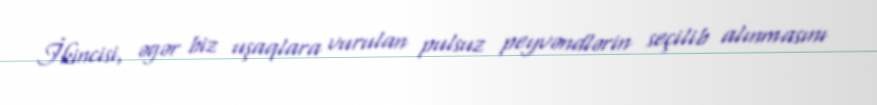
İkincisi, əgər biz uşaqlara vurulan pulsuz peyvəndlərin seçilib alınmasını